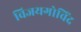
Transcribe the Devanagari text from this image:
विजयगोविंद